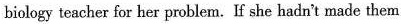
biology teacher for her problem. If she hadn't made them